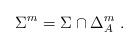
LaTeX: \begin{align*}\Sigma^m=\Sigma\cap \Delta_A^m\;.\end{align*}